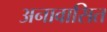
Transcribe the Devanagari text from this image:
अनावासित